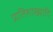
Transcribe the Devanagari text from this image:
प्रातिशाख्यादि